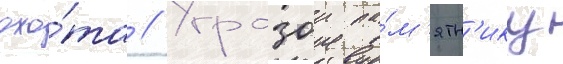
охо́та // Угрозои па́м'ятн'ику